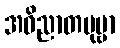
အဝိညာတပုဗ္ဗာ